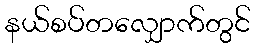
နယ်စပ်တလျှောက်တွင်